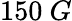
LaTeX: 150~G